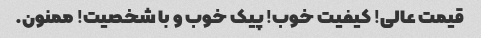
قیمت عالی! کیفیت خوب! پیک خوب و با شخصیت! ممنون.